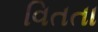
વિતતા